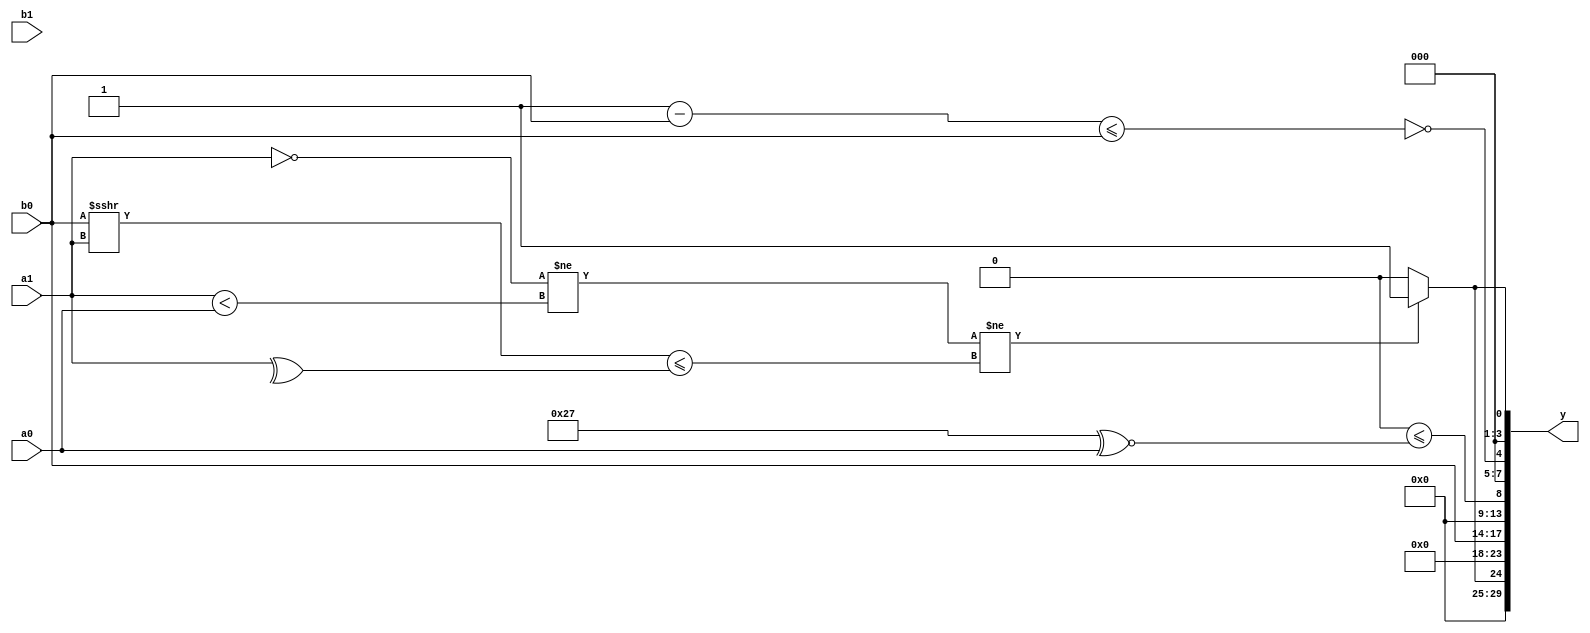
module expression_00002(a0, a1, b0, b1, y);
  input [3:0] a0;
  input [5:0] a1;

  input [3:0] b0;
  input [5:0] b1;

  wire [3:0] y0;
  wire [5:0] y1;
  wire [3:0] y2;
  wire [5:0] y3;
  wire [3:0] y4;
  wire [5:0] y5;

  output [29:0] y;
  assign y = {y0,y1,y2,y3,y4,y0};

  localparam [3:0] p0 = (2'd1);
  localparam [5:0] p1 = {(3'd0),(3'd7)};
  localparam [3:0] p2 = (5'd10);
  localparam [5:0] p3 = {((4'd15)?(2'sd0):(4'sd3)),(((4'd15)^(5'd31))|((5'd27)?(3'd5):(2'd1))),((4'd5)?(4'd7):(5'd21))};
  localparam [3:0] p4 = (^((-5'sd0)<=(2'd2)));
  localparam [5:0] p5 = ((((5'sd15)|(4'd11))==((3'd0)?(3'd7):(-5'sd4)))&({4{(3'd2)}}=={1{((3'd5)?(4'd11):(4'd13))}}));

  assign y0 = (((~a1)!=(a1<a0))!=((b0>>>a1)<=(^a1)))?1:0;
  assign y1 = (!(~{{3{(4'sd7)}},((p2<p3)=={p0,p2})}));
  assign y2 = {p3,b0};
  assign y3 = ({1{(a0<<p3)}}<=(p3^~a0));
  assign y4 = (~|((p0-b0)<={1{b0}}));
  assign y5 = (((|a0)?(6'd2 ** p2):$unsigned(b1))>>>((a1/b0)|(~^(b1<=b0))));
endmodule